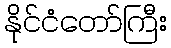
နိုင်ငံတော်ကြီး